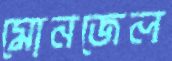
মোনজেল